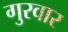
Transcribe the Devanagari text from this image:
गुरवार